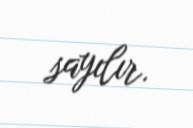
sayılır.